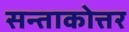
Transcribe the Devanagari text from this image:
सन्ताकोत्तर